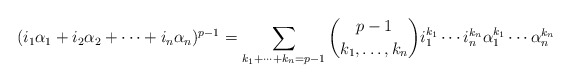
\begin{align*}(i_1\alpha_1 + i_2 \alpha_2 + \cdots + i_n \alpha_n)^{p-1}= \sum_{k_1+\cdots +k_n=p-1} \binom{p-1}{k_1,\ldots,k_n} i_1^{k_1}\cdots i_n^{k_n} \alpha_1^{k_1}\cdots \alpha_n^{k_n}\end{align*}